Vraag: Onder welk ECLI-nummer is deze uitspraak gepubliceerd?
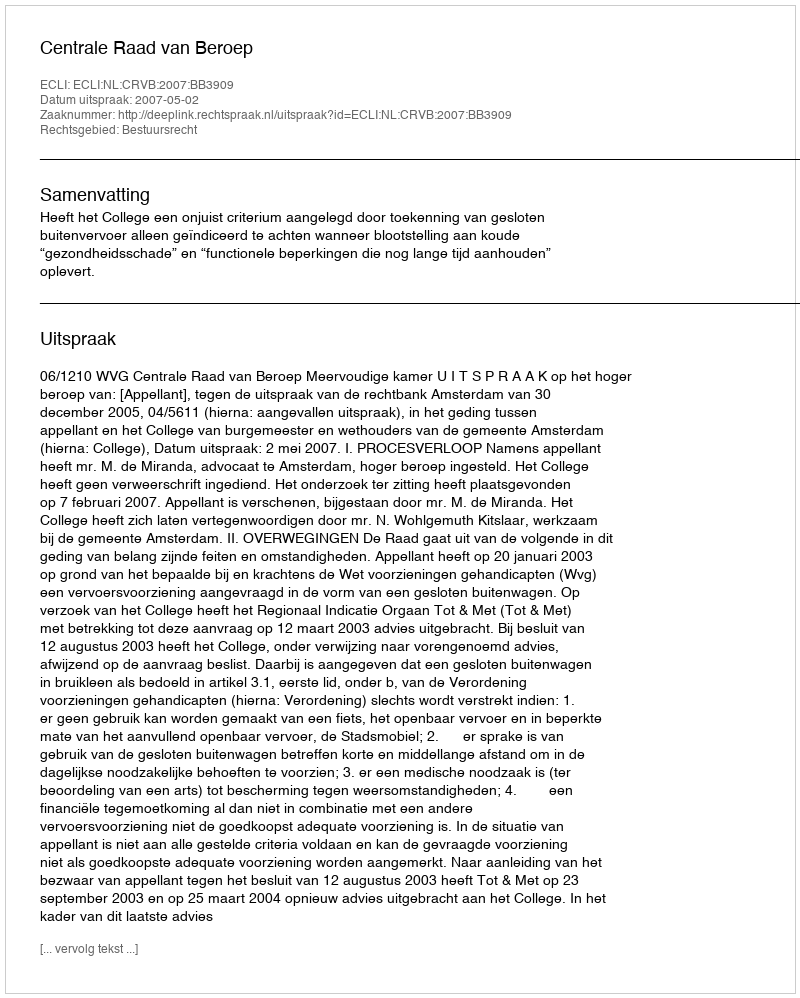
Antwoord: ECLI:NL:CRVB:2007:BB3909